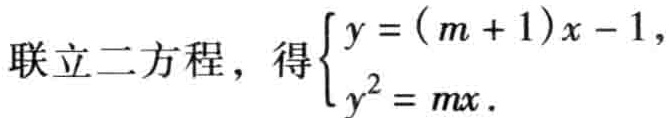
联立二方程，得\(\begin{cases}y = (m + 1)x - 1,\\y^{2} = mx.\end{cases}\)